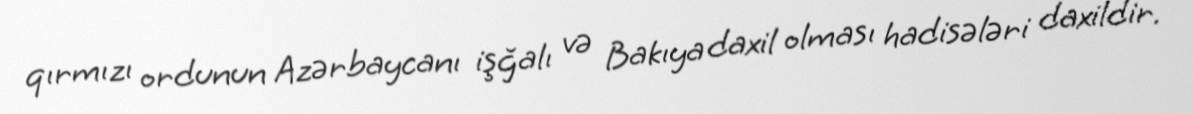
qırmızı ordunun Azərbaycanı işğalı və Bakıya daxil olması hadisələri daxildir.